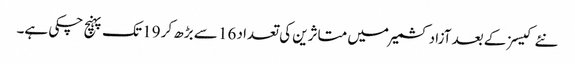
نئے کیسز کے بعد آزاد کشمیر میں متاثرین کی تعداد 16 سے بڑھ کر 19 تک پہنچ چکی ہے۔